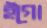
ইগো